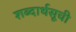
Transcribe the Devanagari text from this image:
शब्दार्थसूची